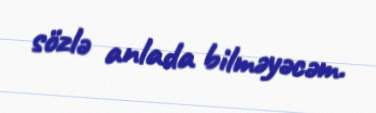
sözlə anlada bilməyəcəm.